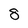
Character: 8